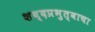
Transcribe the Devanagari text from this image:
शब्दप्रभुत्वाचा